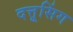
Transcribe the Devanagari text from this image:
दत्तूसिंग